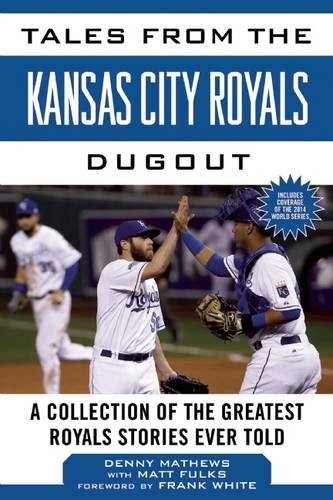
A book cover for Tales from the Kansas City Royals Dugout: A Collection of the Greatest Royals Stories Ever Told (Tales from the Team); Denny Matthews; Sports & Outdoors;